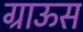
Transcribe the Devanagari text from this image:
ग्राऊस